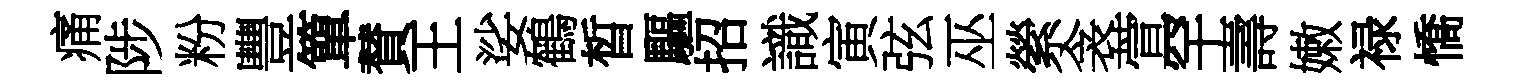
痛陟粉豐簞賛王娑鶴晳驅招識寅弦巫縈衾萱罕壽嫩禄憍